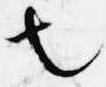
也